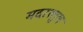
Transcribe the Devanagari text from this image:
मदरस्तुल